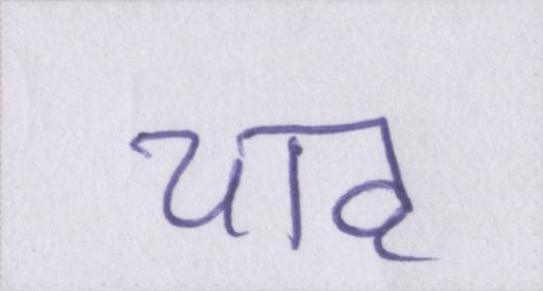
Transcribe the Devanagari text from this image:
चाह